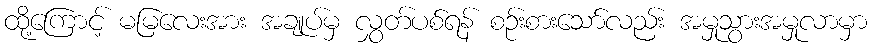
ထို့ကြောင့် မမြလေးအား အချုပ်မှ လွှတ်ပစ်ရန် စဉ်းစားသော်လည်း အမှုသွားအမှုလာမှာ